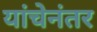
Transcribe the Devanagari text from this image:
यांचेनंतर